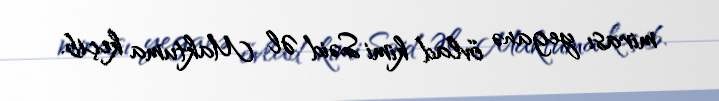
mirası yeganə övlad kimi Səid Əl Maktuma keçib.